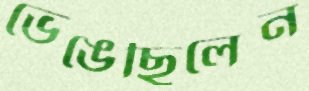
ভেঙেছিলেন